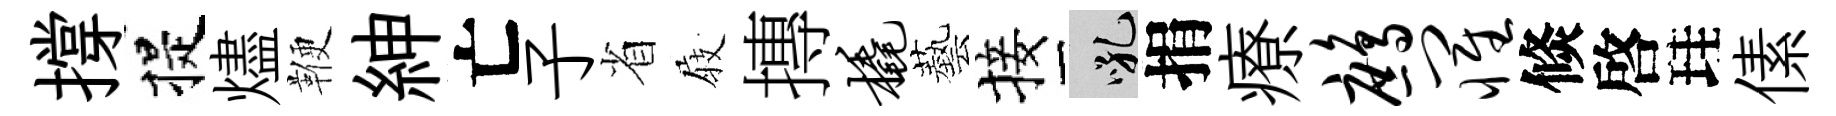
撐提燼鞭紳亡子省𡲆摶橇藝接吼捐療鹧罹倐啓珪傃